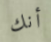
أنك